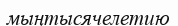
мыңтысячелетию